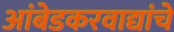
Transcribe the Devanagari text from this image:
आंबेडकरवाद्यांचे